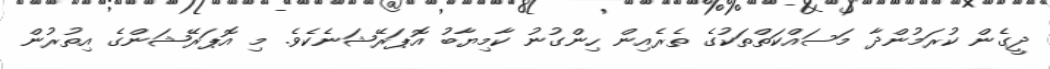
ދީގެން ކުރަމުންދާ މަސައްކަތްތަކުގެ ތެރެއިން ހިންގުނު ކާމިޔާބު އޮޕަރޭޝަނެކެވެ. މި އޮޕަރޭޝަންގެ އިތުރުން